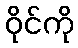
ဝိုင်ကို